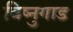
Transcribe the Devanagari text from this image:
विष्नुगाड